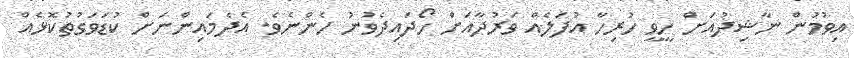
އިވުމުން ނާޝިދުއަށް ހީވީ ހުރިހާ އުފަލެއް ވަރުދާއަށް ހޯދައިދެވުނު ހެންނެވެ. އެދެމައިންނަށް ކުޑަވަގުތުކޮޅެއް